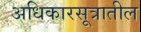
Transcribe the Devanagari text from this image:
अधिकारसूत्रातील